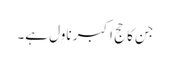
جن کا حج اکبر ناول ہے۔